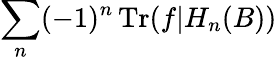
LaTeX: \displaystyle\sum_{n}(-1)^{n}\operatorname{Tr}(f|H_{n}(B))